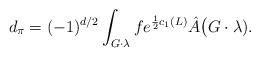
LaTeX: \begin{align*}d_{\pi} = (-1)^{d/2} \int_{G\cdot \lambda} f e^{\frac{1}{2}c_1(L)} \hat A\bigl(G\cdot \lambda).\end{align*}